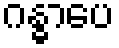
ဂန္ဓာပေ